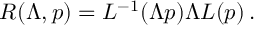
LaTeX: { \cal R } ( \Lambda , p ) = L ^ { - 1 } ( \Lambda p ) \Lambda L ( p ) \, .